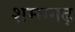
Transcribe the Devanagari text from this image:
शम्सगढ़